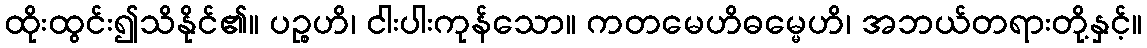
ထိုးထွင်း၍သိနိုင်၏။ ပဉ္စဟိ၊ ငါးပါးကုန်သော။ ကတမေဟိဓမ္မေဟိ၊ အဘယ်တရားတို့နှင့်။